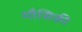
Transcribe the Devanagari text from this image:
मौसिकी